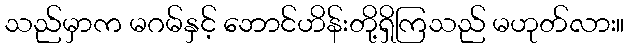
သည်မှာက မဂမ်နှင့် ဘောင်ဟိန်းတို့ရှိကြသည် မဟုတ်လား။